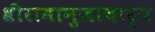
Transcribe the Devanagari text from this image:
श्रीरामानुजाचार्य